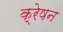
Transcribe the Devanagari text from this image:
क्रेषन